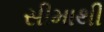
સીમાથી